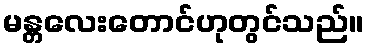
မန္တလေးတောင်ဟုတွင်သည်။